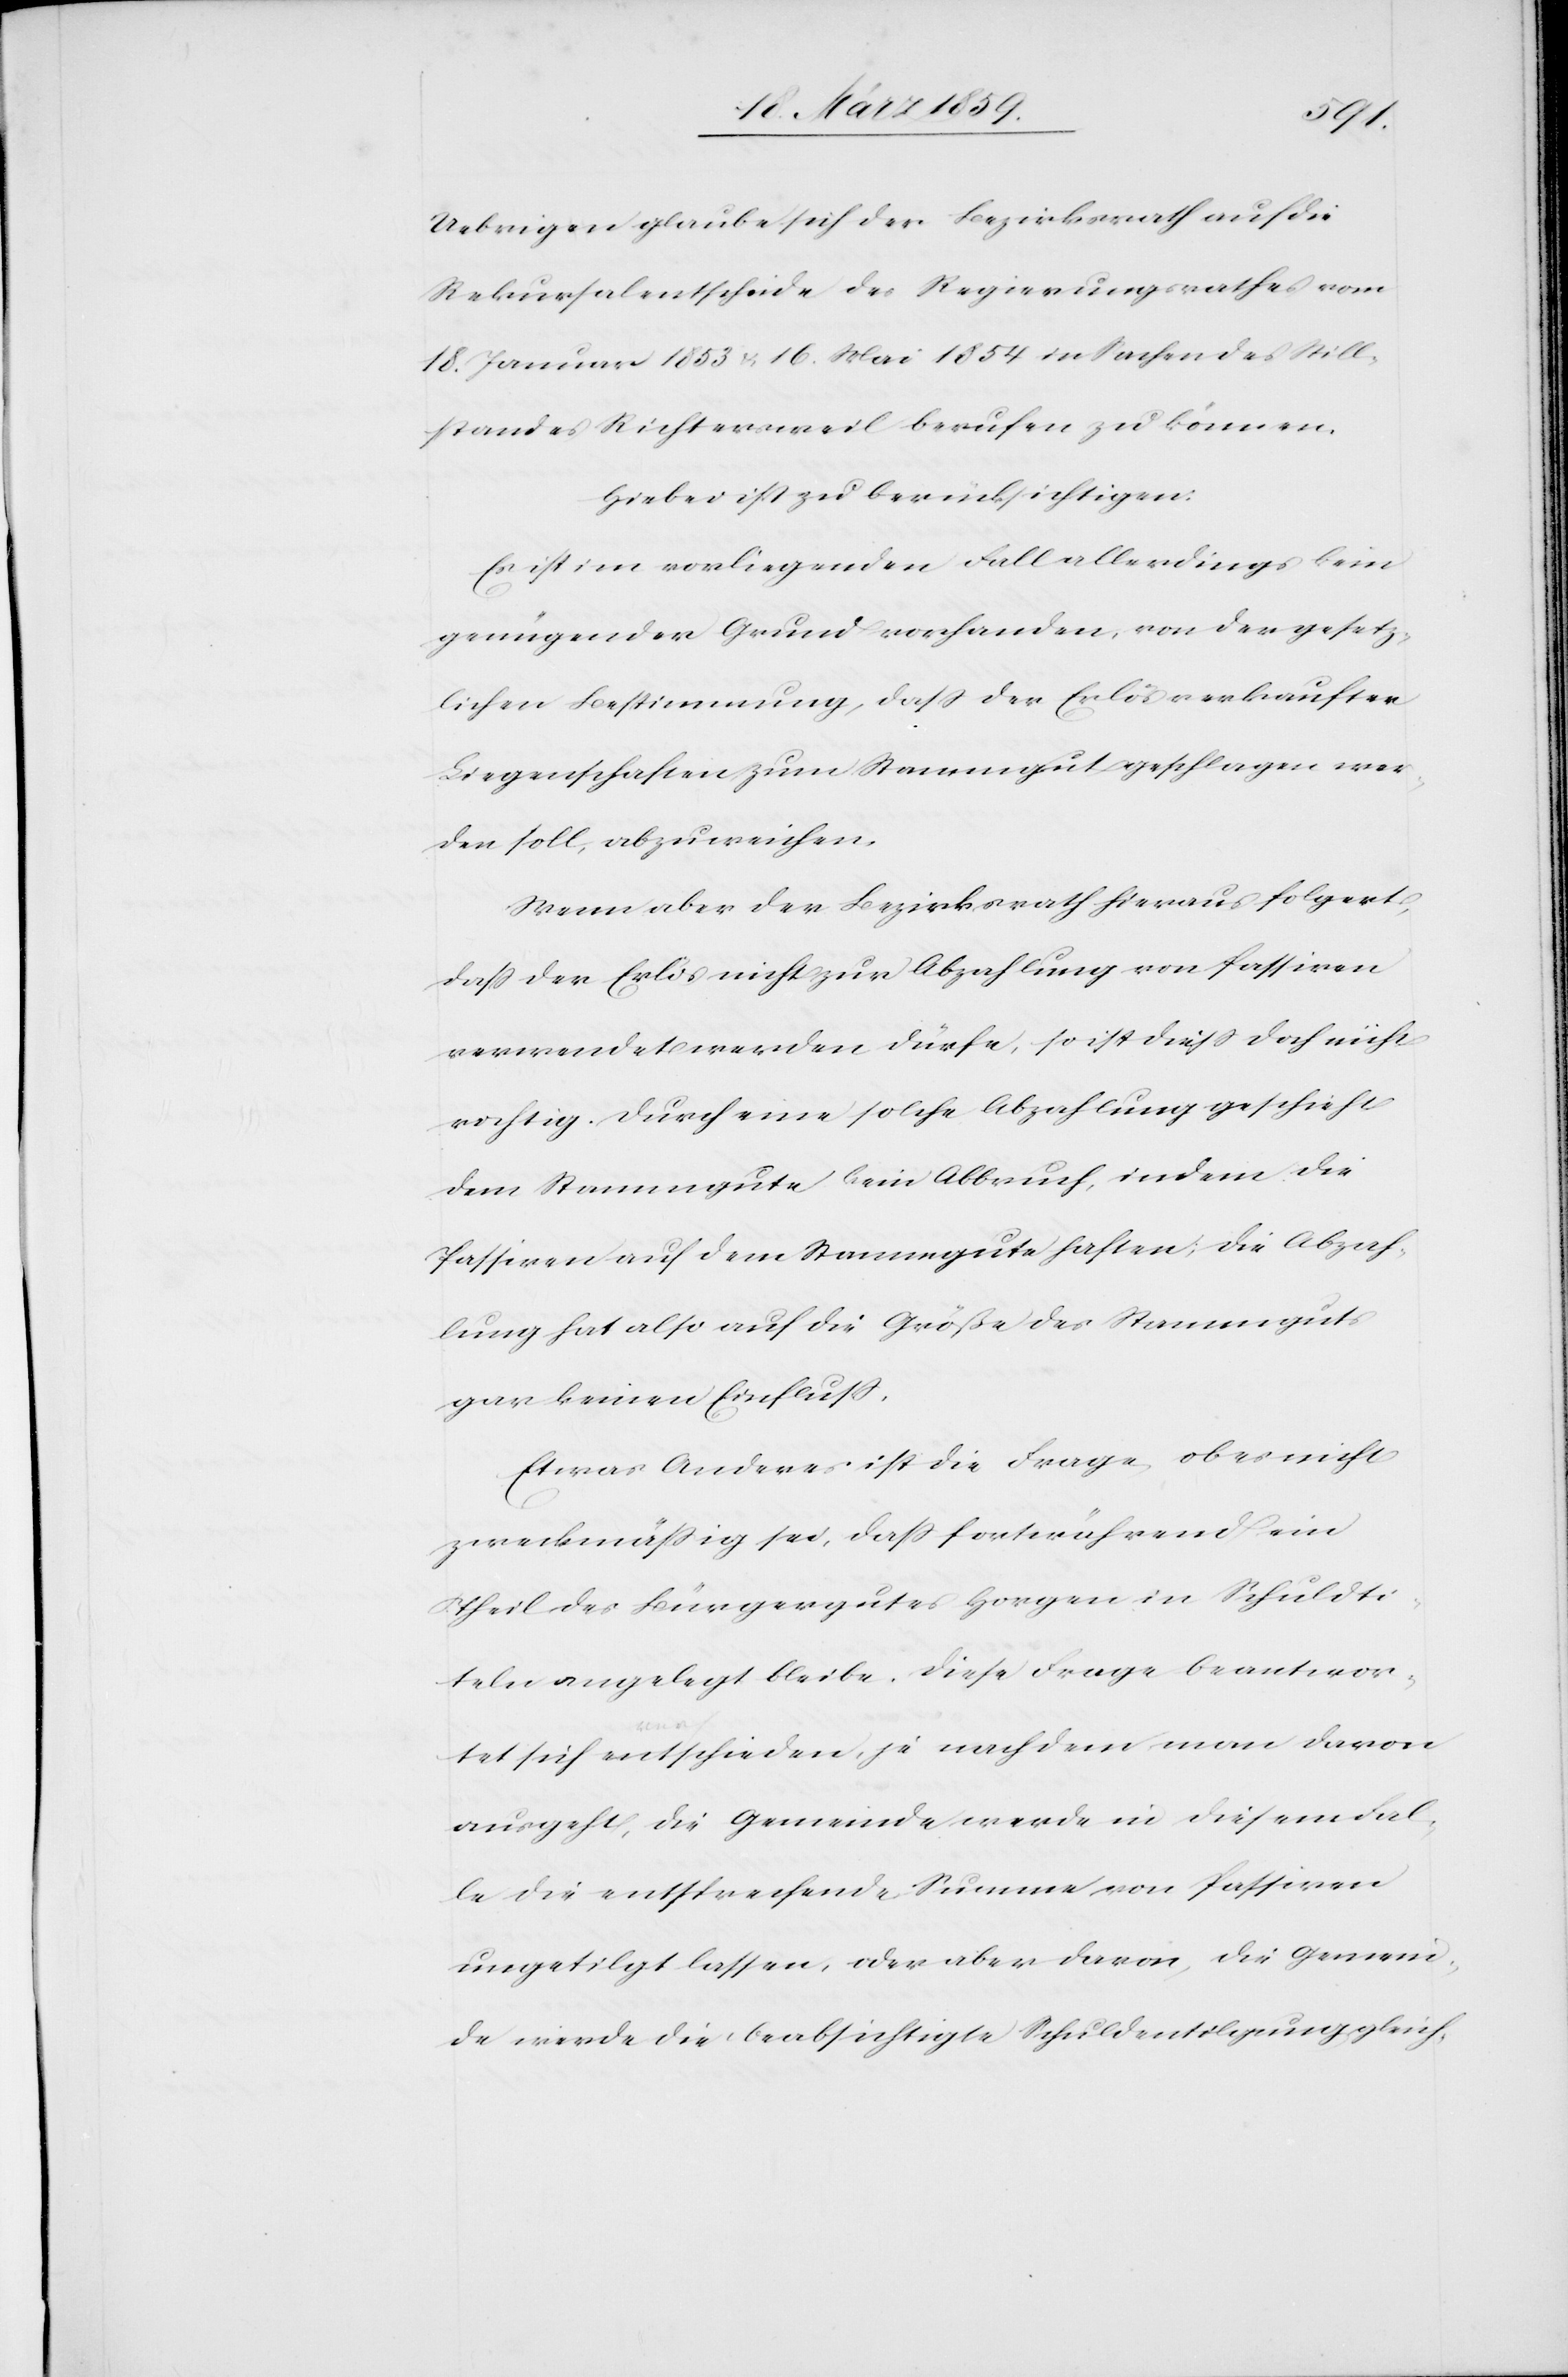
Uebrigen glaube sich der Bezirksrath auf die
Rekursalentscheide des Regierungsrathes vom
18. Januar 1853 u. 16. Mai 1854 in Sachen des Still¬
standes Richtersweil berufen zu können.
Hiebei ist zu berücksichtigen:
Es ist im vorliegenden Fall allerdings kein
genügender Grund vorhanden, von der gesetz¬
lichen Bestimmung, daß der Erlös verkaufter
Liegenschaften, zum Stammgut geschlagen wer¬
den soll, abzuweichen.
Wenn aber der Bezirksrath hieraus folgert,
daß der Erlös nicht zur Abzahlung von Passiven
verwendet werden dürfe, so ist dieß doch nicht
richtig. Durch eine solche Abzahlung geschieht
dem Stammgute kein Abbruch, indem die
Passiven auf dem Stammgute haften; die Abzah¬
lung hat also auf die Größe des Stammguts
gar keinen Einfluß.
Etwas Anderes ist die Frage, ob es nicht
zweckmäßig sei, daß fortwährend ein
Theil des Bürgergutes Horgen in Schuldti¬
teln angelegt bleibe. Diese Frage beantwor¬
tet sich entschieden, je nach dem man davon
ausgeht, die Gemeinde werde in diesem Fal¬
le die entsprechende Summe von Passiven
ungetilgt lassen, oder aber davon, die Gemein¬
de werde die beabsichtigte Schuldentilgung gleich-